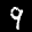
Label: 9